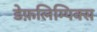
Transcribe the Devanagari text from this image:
डेफ़लिम्पिक्स